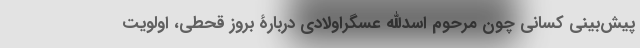
پیش‌بینی کسانی چون مرحوم اسدالله عسگراولادی دربارۀ بروز قحطی، اولویت